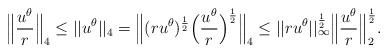
LaTeX: \begin{align*}\Big\|\frac{u^{\theta}}{r}\Big\|_{4}\leq ||u^{\theta}||_{4} =\Big\|(ru^{\theta})^{\frac{1}{2}}\Big(\frac{u^{\theta}}{r}\Big)^{\frac{1}{2}}\Big\|_{4}\leq ||ru^{\theta}||_{\infty}^{\frac{1}{2}}\Big\|\frac{u^{\theta}}{r}\Big\|_{2}^{\frac{1}{2}}. \end{align*}